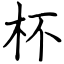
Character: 杯